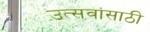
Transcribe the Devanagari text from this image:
उत्सवांसाठी